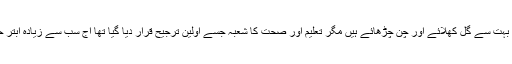
یوں تو تحریک انصاف کی حکومت نے بہت سے گُل کھلائے اور چن چڑھائے ہیں مگر تعلیم اور صحت کا شعبہ جسے اولین ترجیح قرار دیا گیا تھا آج سب سے زیادہ ابتر حالت انہی شعبوں میں دکھائی دیتی ہے ۔